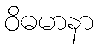
ဝိဓမာနာ